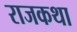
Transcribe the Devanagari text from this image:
राजकथा